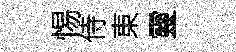
惕侍東靈